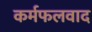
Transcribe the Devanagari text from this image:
कर्मफलवाद